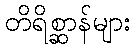
တိရိစ္ဆာန်များ